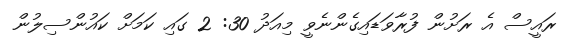
ރައީސް އެ ރަށުން ފުރާވަޑައިގެންނެވީ މިއަދު 30: 2 ގައި ކަމަށް ކައުންސިލުން